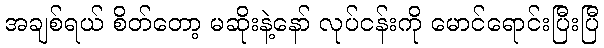
အချစ်ရယ် စိတ်တော့ မဆိုးနဲ့နော် လုပ်ငန်းကို မောင်ရောင်းပြီးပြီ